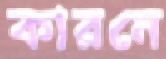
কারনে